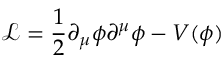
\mathcal { L } = \frac { 1 } { 2 } \partial _ { \mu } \phi \partial ^ { \mu } \phi - V ( \phi )